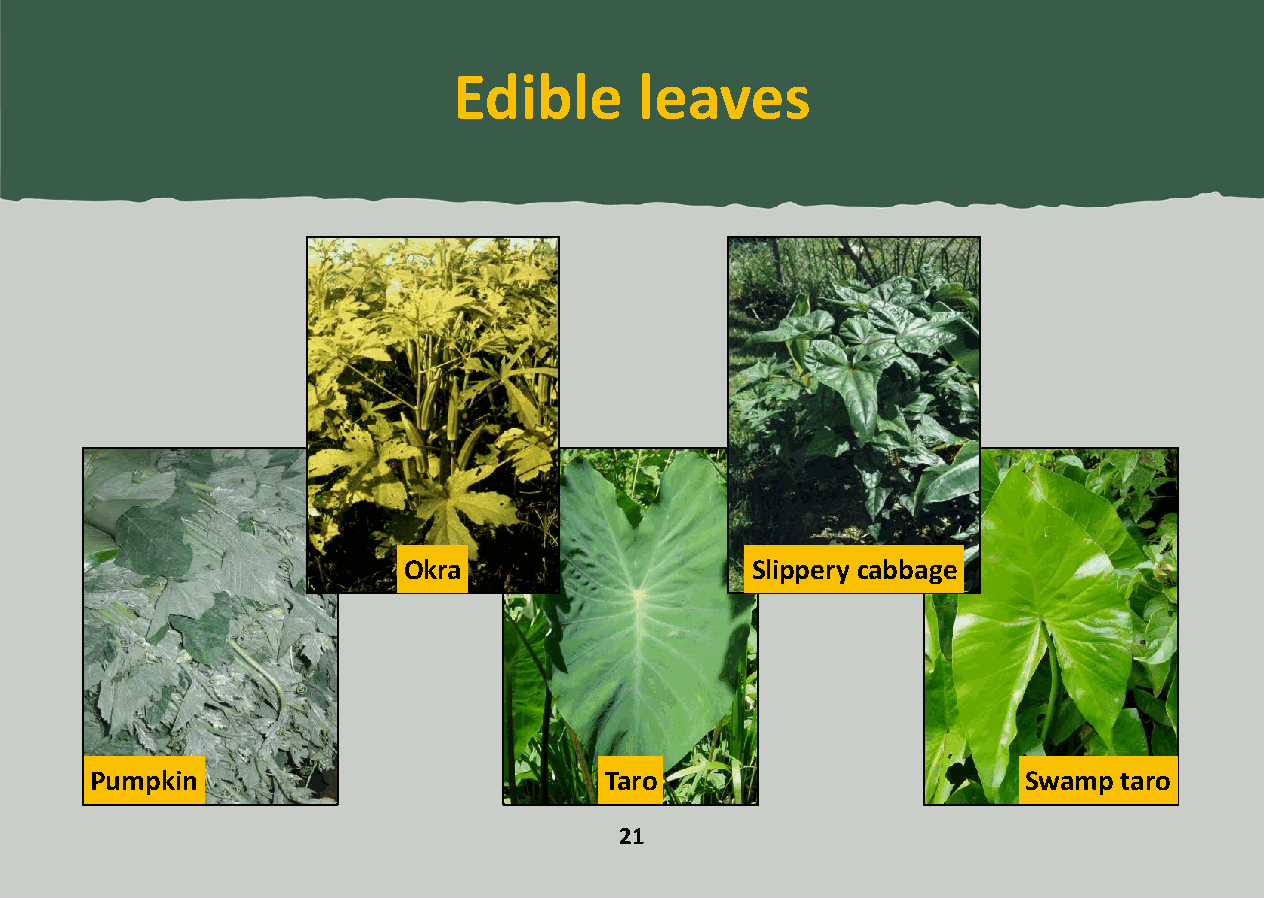
Edible      leaves
 Okra                   Slippery cabbage
 Pumpkin                           Taro                        Swamp taro
 21